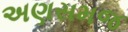
અણસમજ